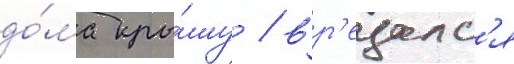
до́ма кры́шу / вр'езалс'я